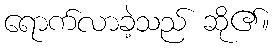
ရောက်လာခဲ့သည် ဆို၏။